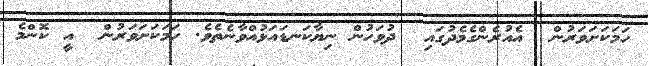
ހަމަކަށަވަރުން  އެއުރެންގެމެދުގައި  ދުވަހުން ނިޔާކަނޑައަޅުއްވާނެތެވެ. ހަމަކަށަވަރުން  އީ ކޮންމެ